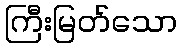
ကြီးမြတ်သော